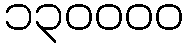
၁၃၀၀၀၀